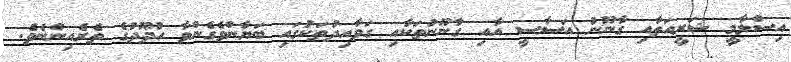
އިސްލާމީ ޝަރީއަތާއި ގާނޫނު އަސާސީ އާއި ގާނޫނުތަކާއި ގަވާއިދުތަކުގައި ބަޔާންވެގެންވާ ހުދޫދުގެ ތެރެެއިންނެވެ.